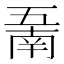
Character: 𱎖